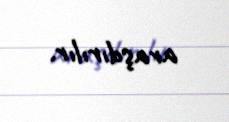
araşdırılır.